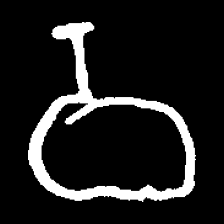
Pyu character \u2014 Myanmar letter: ဝ (romanized: wa)